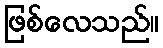
ဖြစ်လေသည်။